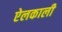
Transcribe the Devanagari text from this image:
ऐलकाली